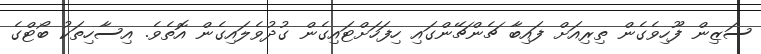
ސަޒިން ފޫހިވެގެން ތިރިއަށް ފައިބާ ޗެންޗޭންގައި ހިފަހަށްޓައިގެން ގުދުވެލައިގެން އޮތެވެ. އިސާހިތަކު ބޯޓްގެ